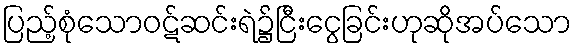
ပြည့်စုံသောဝဋ်ဆင်းရဲ၌ငြီးငွေခြင်းဟုဆိုအပ်သော